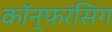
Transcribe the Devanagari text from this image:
कॉन्फरंसिंग